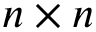
n \times n